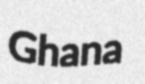
Ghana